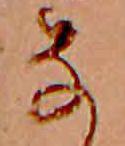
な